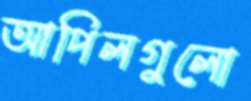
আপিলগুলো